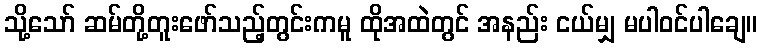
သို့သော် ဆမ်တို့တူးဖော်သည့်တွင်းကမူ ထိုအထဲတွင် အနည်း ငယ်မျှ မပါဝင်ပါချေ။